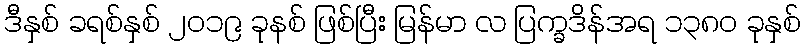
ဒီနှစ် ခရစ်နှစ် ၂၀၁၉ ခုနစ် ဖြစ်ပြီး မြန်မာ လ ပြက္ခဒိန်အရ ၁၃၈၀ ခုနှစ်